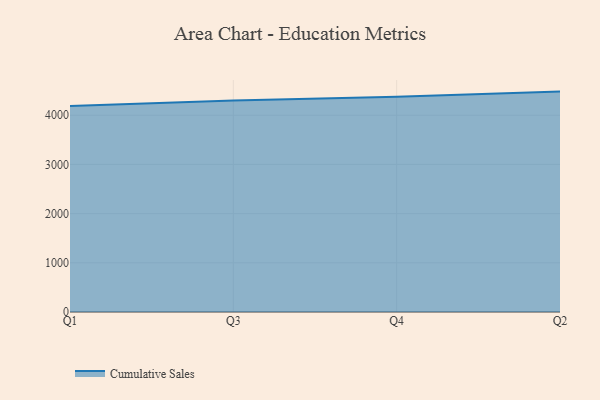
{"axis": {"x": "Quarter", "y": "Production Output"}, "legend": ["Cumulative Sales"], "data": [{"x": "Q1", "y": 4189.1, "type": "Cumulative Sales"}, {"x": "Q3", "y": 4297.6, "type": "Cumulative Sales"}, {"x": "Q4", "y": 4374.6, "type": "Cumulative Sales"}, {"x": "Q2", "y": 4480.1, "type": "Cumulative Sales"}]}